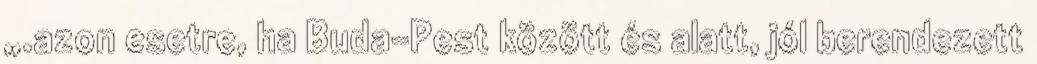
„.azon esetre, ha Buda-Pest között és alatt, jól berendezett